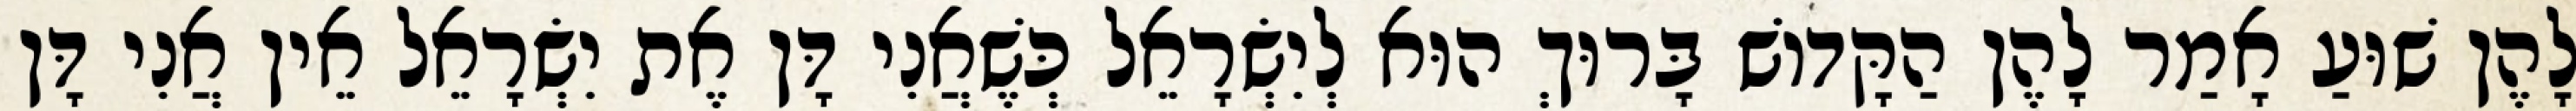
לָהֶן שׁוּעַ אָמַר לָהֶן הַקָּדוֹשׁ בָּרוּךְ הוּא לְיִשְׂרָאֵל כְּשֶׁאֲנִי דָּן אֶת יִשְׂרָאֵל אֵין אֲנִי דָּן